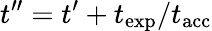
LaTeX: t^{\prime\prime}=t^{\prime}+t_{\mathrm{exp}}/t_{\mathrm{acc}}